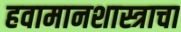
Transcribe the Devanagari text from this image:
हवामानशास्त्राचा